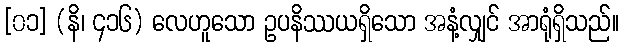
[၀၁] (နိ၊ ၄၁၆) လေဟူသော ဥပနိဿယရှိသော အနံ့လျှင် အာရုံရှိသည်။